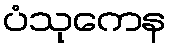
ပံသုကေန